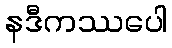
နဒီကဿပေါ